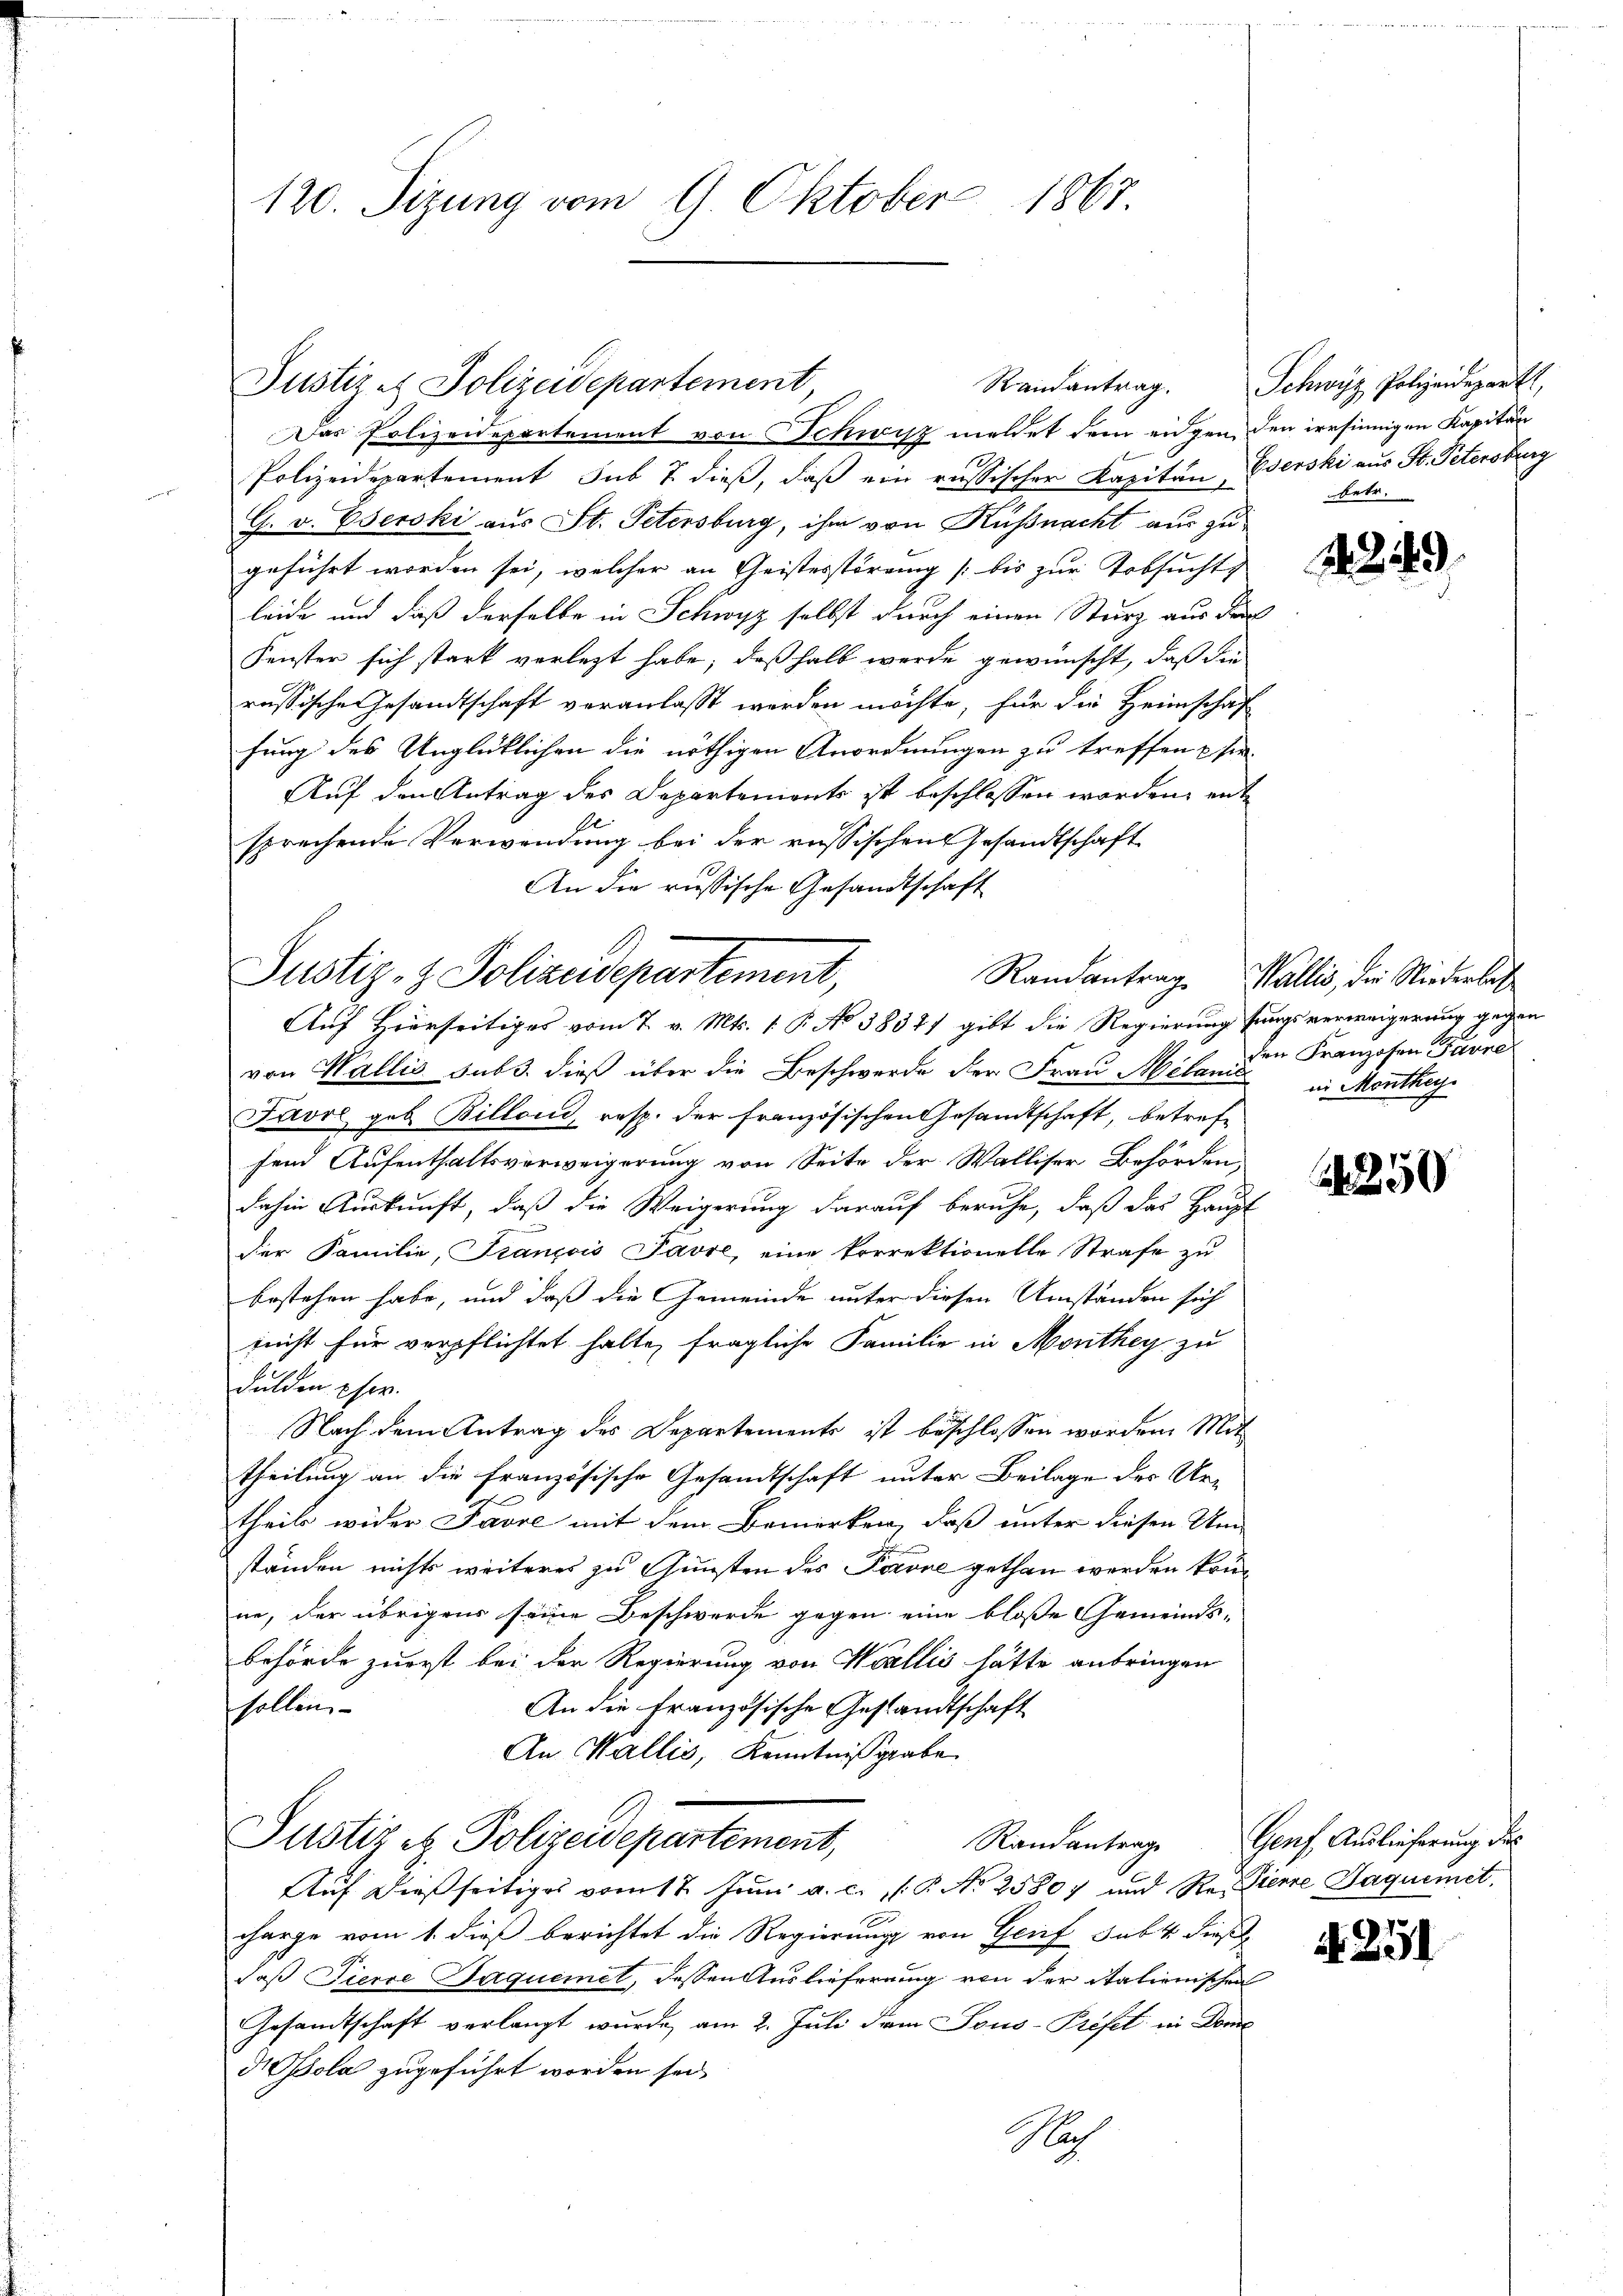
120. Sitzung vom 9. Oktober 1867.

Der Polizeidepartement von Schwisz meldet dem eigen den irrsinnigen Kapitän
Polizeidepartement sub 7. dieß, daß ein russischer Kapitän Oserski aus St. Petersburg
G. v. Oserski aus St. Petersburg, ihm von Küßnacht aus zu
geführt worden sei, welcher an Geistesstörung (bis zur Erbsucht
leide und daß derselbe in Schwyz selbst durch einen Sturz aus der
Fenster sich stark verlegt habe, daß halb werde gewünscht, daß die
russische Gesandtschaft veranlaßt worden möchte, für die Heimschaf
fung des Unglücklichen die nöthigen Anordnungen zu treffen u hin
Auf den Antrag des Departements ist beschlossen worden, entsprechende Verwendung bei der russischen Gesandtschaft
An die russische Gesandtschaft
von Wallis sub. dieß über die Beschwerde der Frau Milan. Die Franzosen Furre
Favre, geb. Billons, resp. der französischen Gesandtschaft, betref
send Aufenthaltsverweigerung von Seite der Walliser Behörden,
dahin Auskunft, daß die Weigerung darauf beruhe, daß das Haupt
der Familie, Trançois Favre, eine korrektionelle Strafe zu
bestehen habe, und daß die Gemeinde unter diesen Umständen sich
nicht für verpflichtet halte, fragliche Familie in Monthey zu
dulden Eher.
Nach dem Antrag des Departements ist beschlossen worden Mit
theilung an die französische Gesandtschaft unter Beilage des Ur¬
.
theils wider Favre mit dem Bemerken, daß unter diesen Um-
ständen nichts weiteres zu Gunsten des Favre gethan werden könne, der übrigens seine Beschwerde gegen eine bloße Gemeinds-
behörde zuerst bei der Regierung von Wallis hätte anbringen
sollen
An die Französische Gestandtschaft
An Wallis, Kenntnißgabe
Justiz & Polizeidepartement,
Randantrage Genf Auslieferung des
Auf dießseitiges vom 12. Juni a. c. P. No 2580) und Re Pierre Jaquemet,
charge vom 1. dieß berichtet die Regierung von Geif sub 4 dieß
daß Tierce Jaquemet, dessen Auslieferung von der italienischen
Gesandtschaft verlangt wurde, am 2. Juli dem Jous-Préfet in Dome
Isola zugeführt worden sei
Nach

Justiz- & Polizeidepartement,
Auf Hierseitiges vom 7. v. Mts. 1. P. No 38371 gibt die Regierung fungsverweigerung gegen

Justiz & Polizeidepartement,
Randantrag.

Schwyz Polizeidepart
betr.

1249

Randantrag Wallis, der Niederlas
in Monthey

1250

4251